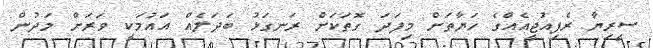
ސީރިޔާ ރެފިއުޖީއެއްގެ ހަޔާތަށް މިފަދަ ގޮތަކަށް ރަނގަޅު ބަދަލެއް އައުމަކީ ވަރަށް މަދުން